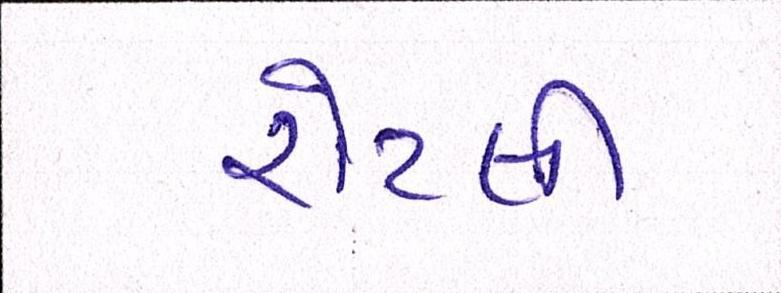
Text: રોટલી